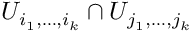
U _ { i _ { 1 } , \dots , i _ { k } } \cap U _ { j _ { 1 } , \dots , j _ { k } }